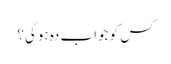
کس کو جواب دہ ہوگی؟